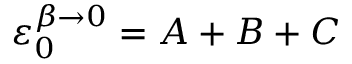
\varepsilon _ { 0 } ^ { \beta \rightarrow 0 } = A + B + C